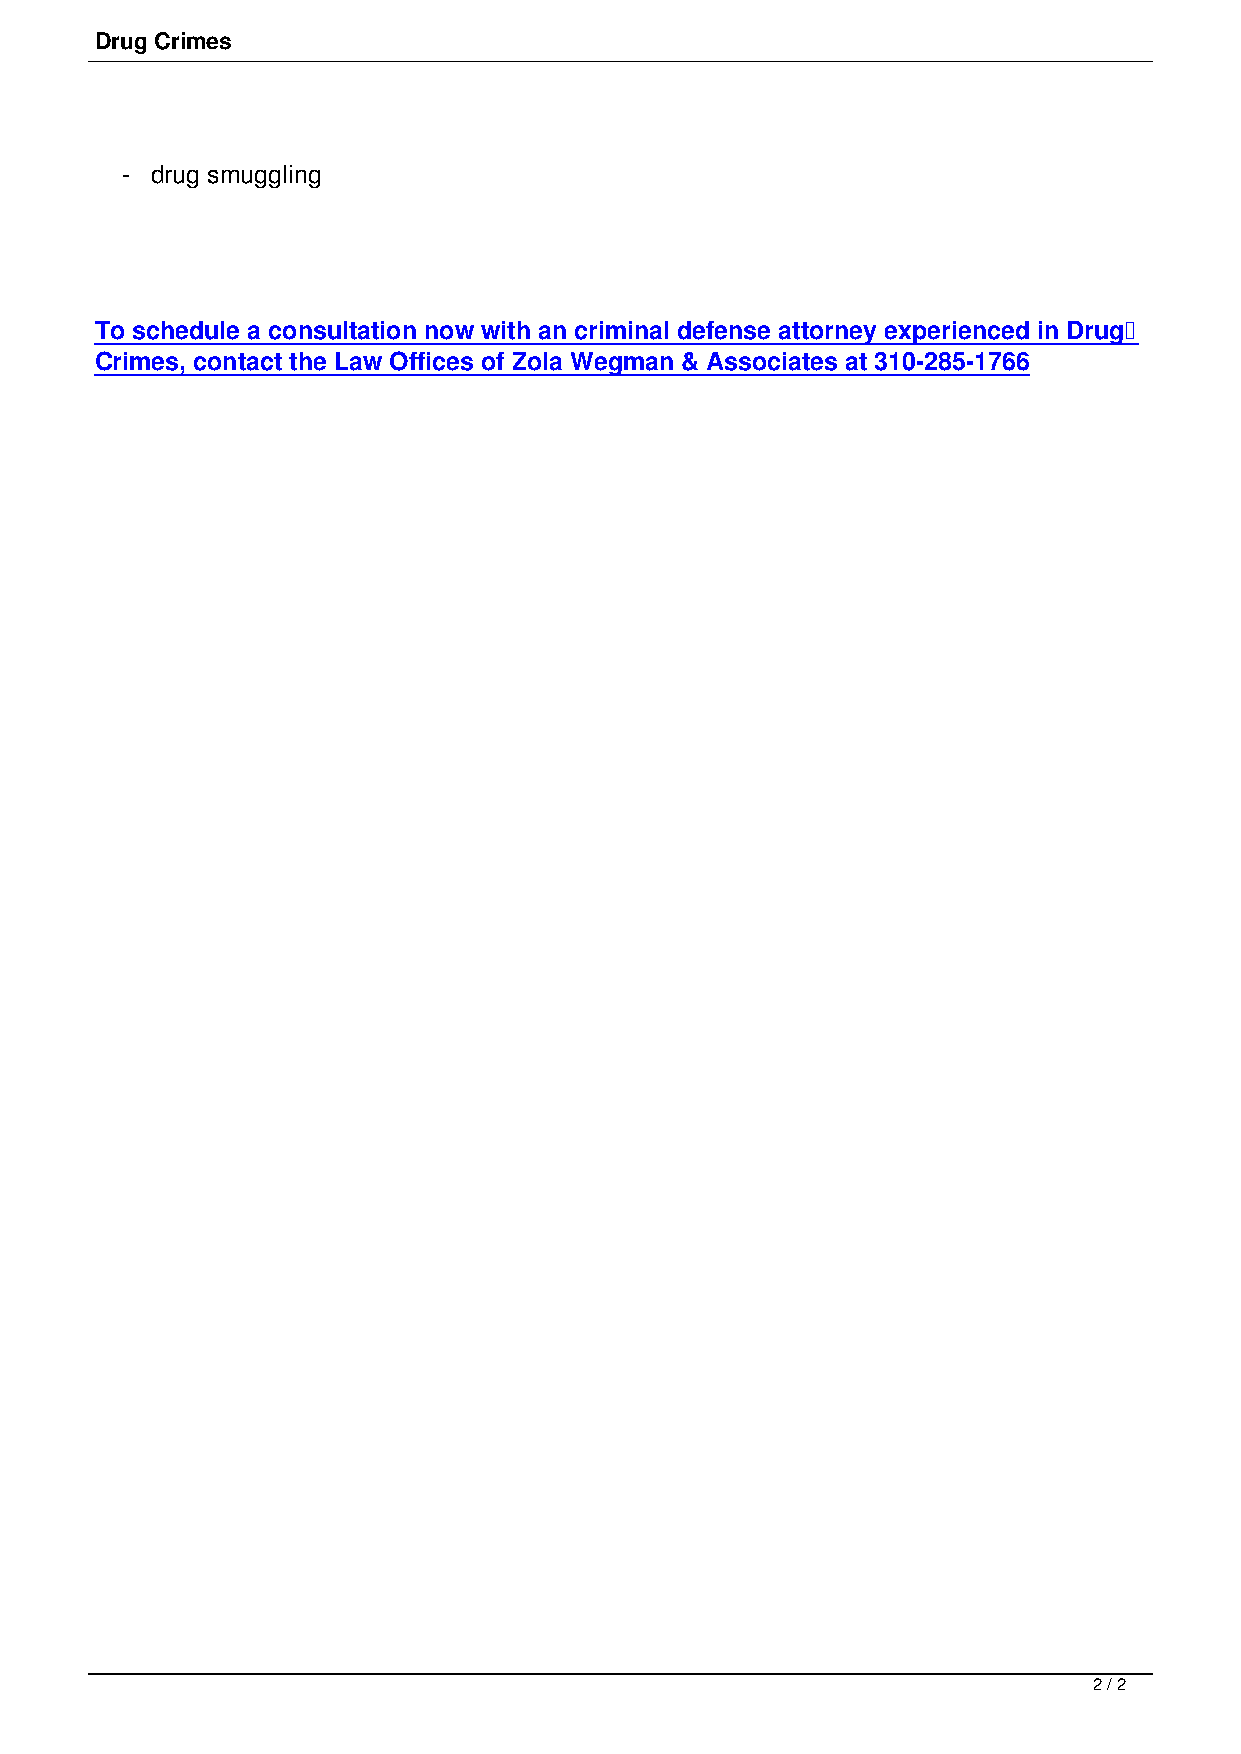
Drug Crimes
 - drug smuggling
 To schedule a consultation now with an criminal defense attorney experienced in Drug
 Crimes, contact the Law Offices of Zola Wegman & Associates at 310-285-1766
 2 / 2